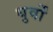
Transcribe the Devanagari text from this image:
धुर्वों